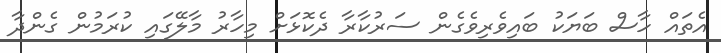
އެތައް ހާސް ބަޔަކު ބައިވެރިވެގެން ސަރުކާރާ ދެކޮޅަށް މިހާރު މާލޭގައި ކުރަމުން ގެންދާ